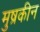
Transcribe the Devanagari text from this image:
मुष्रकीन